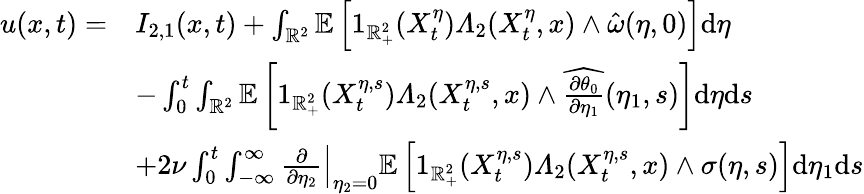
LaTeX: \begin{array}{rl}{u(x,t)=}&{I_{2,1}(x,t)+\int_{\mathbb{R}^{2}}\mathbb{E}\left[1_{\mathbb{R}_{+}^{2}}(X_{t}^{\eta})\varLambda_{2}(X_{t}^{\eta},x)\wedge\hat{\omega}(\eta,0)\right]\mathrm{d}\eta}\\ &{-\int_{0}^{t}\int_{\mathbb{R}^{2}}\mathbb{E}\left[1_{\mathbb{R}_{+}^{2}}(X_{t}^{\eta,s})\varLambda_{2}(X_{t}^{\eta,s},x)\wedge\widehat{\frac{\partial\theta_{0}}{\partial\eta_{1}}}(\eta_{1},s)\right]\mathrm{d}\eta\mathrm{d}s}\\ &{+2\nu\int_{0}^{t}\int_{-\infty}^{\infty}\left.\frac{\partial}{\partial\eta_{2}}\right|_{\eta_{2}=0}\mathbb{E}\left[1_{\mathbb{R}_{+}^{2}}(X_{t}^{\eta,s})\varLambda_{2}(X_{t}^{\eta,s},x)\wedge\sigma(\eta,s)\right]\mathrm{d}\eta_{1}\mathrm{d}s}\end{array}